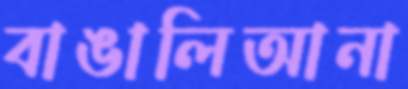
বাঙালিআনা